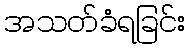
အသတ်ခံရခြင်း